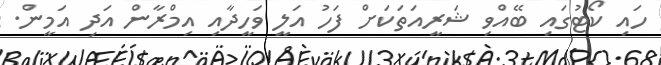
ހައި ކޯޓުގައި ބޭއްވި ޝަރީއަތަކަށް ފަހު އަލީ ވަހީދާއި އިމްރާން އަދި އަމީން.